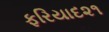
ફરિયાદ૨૧